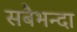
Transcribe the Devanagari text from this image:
सबैभन्दा